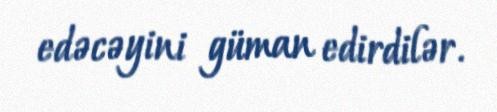
edəcəyini güman edirdilər.